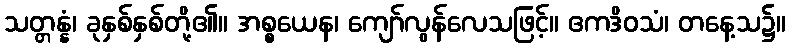
သတ္တန္နံ၊ ခုနှစ်နှစ်တို့၏။ အစ္စယေန၊ ကျော်လွန်လေသဖြင့်။ ဧကဒိဝသံ၊ တနေ့သ၌။